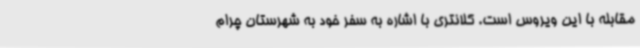
مقابله با این ویروس است. کلانتری با اشاره به سفر خود به شهرستان چرام